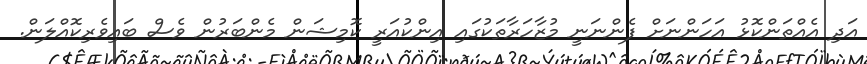
އަދި އެއްތަންކޮޅު އަހަންނަށް ފެންނަނީ މުޒާހަރާތަކުގައި އިންކުއަރީ ކޮމިޝަން މެންބަރުން ވެސް ބައިވެރިކޮއްލަން.